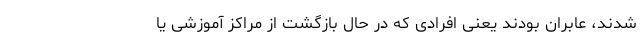
شدند، عابران بودند یعنی افرادی که در حال بازگشت از مراکز آموزشی یا